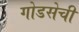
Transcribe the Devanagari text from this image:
गोडसेची